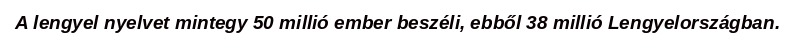
A lengyel nyelvet mintegy 50 millió ember beszéli, ebből 38 millió Lengyelországban.